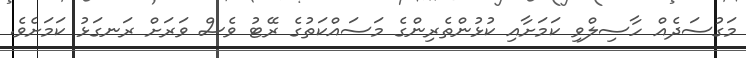
މަގުސަދެއް ހާސިލްވި ކަމަށާއި ކުޅުންތެރިންގެ މަސައްކަތުގެ ރޭޓު ވެސް ވަރަށް ރަނގަޅު ކަމަށެވެ.